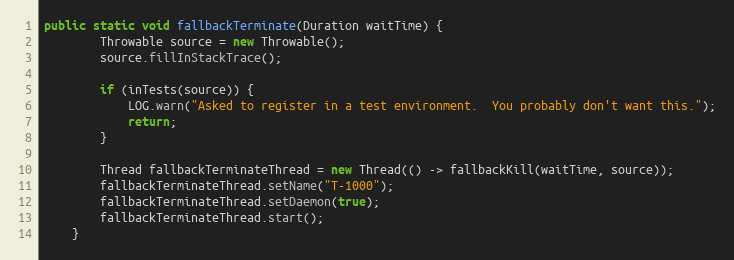
Language: Java
public static void fallbackTerminate(Duration waitTime) {
        Throwable source = new Throwable();
        source.fillInStackTrace();

        if (inTests(source)) {
            LOG.warn("Asked to register in a test environment.  You probably don't want this.");
            return;
        }

        Thread fallbackTerminateThread = new Thread(() -> fallbackKill(waitTime, source));
        fallbackTerminateThread.setName("T-1000");
        fallbackTerminateThread.setDaemon(true);
        fallbackTerminateThread.start();
    }